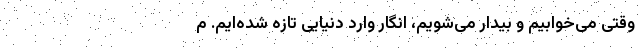
وقتی می‌خوابیم و بیدار می‌شویم، انگار وارد دنیایی تازه شده‌ایم. م